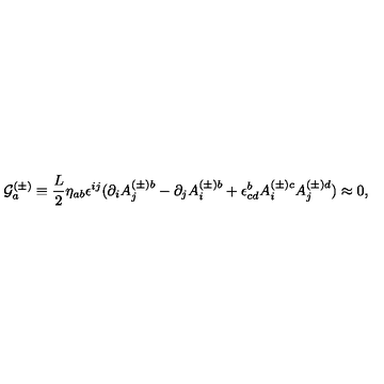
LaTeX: { \cal G } _ { a } ^ { ( \pm ) } \equiv \frac { L } { 2 } \eta _ { a b } \epsilon ^ { i j } ( \partial _ { i } A _ { j } ^ { ( \pm ) b } - \partial _ { j } A _ { i } ^ { ( \pm ) b } + \epsilon _ { \mathrm { } c d } ^ { b } A _ { i } ^ { ( \pm ) c } A _ { j } ^ { ( \pm ) d } ) \approx 0 ,